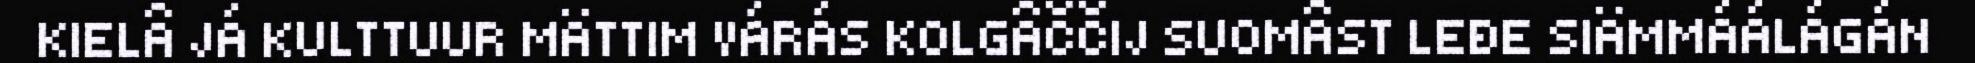
KIELÂ JÁ KULTTUUR MÄTTIM VÁRÁS KOLGÂČČIJ SUOMÂST LEĐE SIÄMMÁÁLÁGÁN